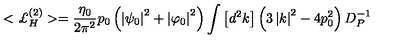
< { \pounds } _ { H } ^ { ( 2 ) } > = \frac { \eta _ { 0 } } { 2 \pi ^ { 2 } } p _ { 0 } \left( \left| \psi _ { 0 } \right| ^ { 2 } + \left| \varphi _ { 0 } \right| ^ { 2 } \right) \int \left[ d ^ { 2 } k \right] \left( 3 \left| k \right| ^ { 2 } - 4 p _ { 0 } ^ { 2 } \right) D _ { P } ^ { - 1 }